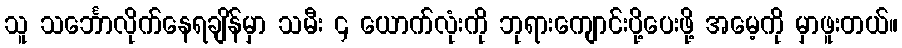
သူ သင်္ဘောလိုက်နေရချိန်မှာ သမီး ၄ ယောက်လုံးကို ဘုရားကျောင်းပို့ပေးဖို့ အမေ့ကို မှာဖူးတယ်။